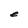
Character: e